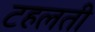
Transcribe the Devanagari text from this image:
टहलती